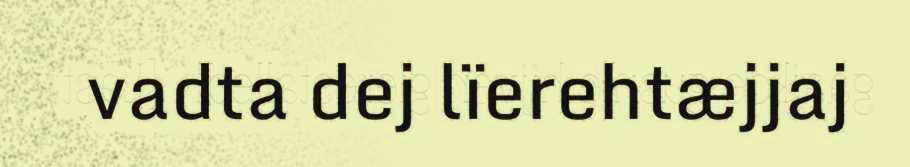
vadta dej lïerehtæjjaj